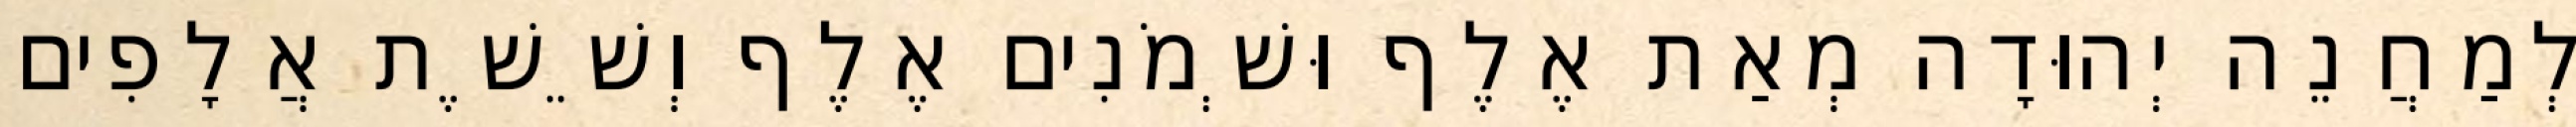
לְמַחֲנֵה יְהוּדָה מְאַת אֶלֶף וּשְׁמֹנִים אֶלֶף וְשֵׁשֶׁת אֲלָפִים